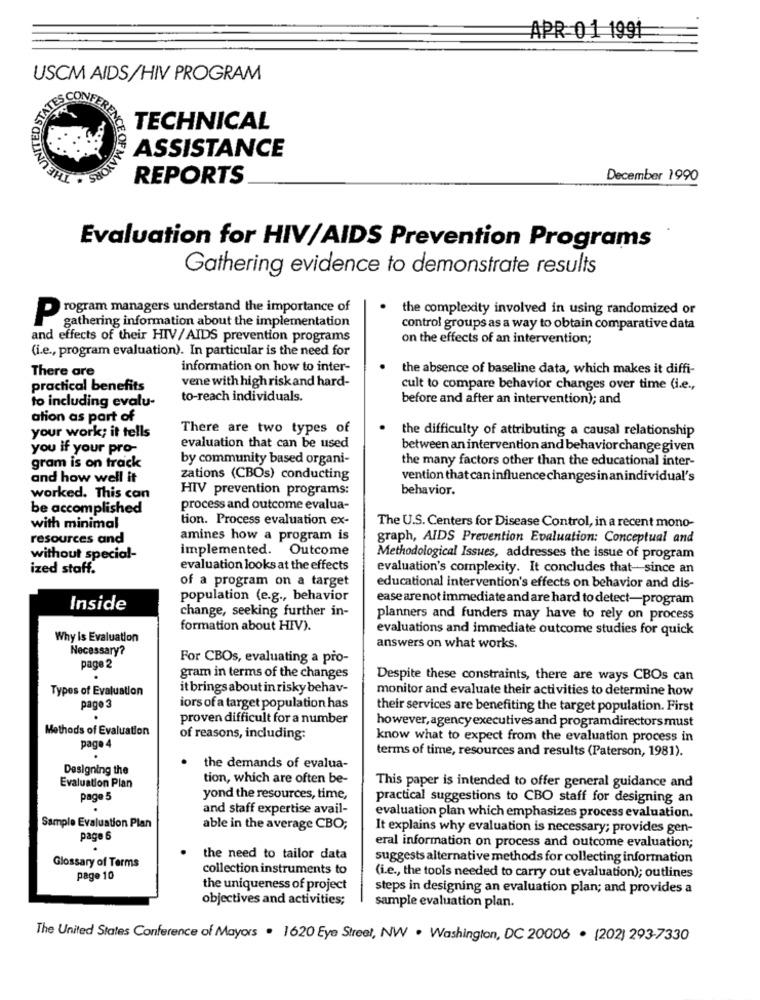
APR 01 1991
USCM AIDS/HIV PROGRAM
TECHNICAL
ASSISTANCE
REPORTS
December 1990
Evaluation for HIV/AIDS Prevention Programs
Gathering evidence to demonstrate results
the complexity involved in using randomized or
Program managers understand the importance of
gathering information about the implementation
control groups as a way to obtain comparative data
and effects of their HIV/AIDS prevention programs
on the effects of an intervention;
(i.e ., program evaluation). In particular is the need for
There are
information on how to inter-
the absence of baseline data, which makes it diffi-
vene with high risk and hard-
practical benefits
cult to compare behavior changes over time (i.e .,
to including evalu-
to-reach individuals.
before and after an intervention); and
ation as part of
There are two types of
the difficulty of attributing a causal relationship
your work; it tells
you if your pro-
evaluation that can be used
between an intervention and behaviorchange given
by community based organi-
the many factors other than the educational inter-
gram is on track
and how well it
zations (CBOs) conducting
vention that can influence changesinanindividual's
HIV prevention programs:
behavior.
worked. This can
be accomplished
process and outcome evalua-
tion. Process evaluation ex-
with minimal
The U.S. Centers for Disease Control, in a recent mono-
resources and
amines how a program is
graph, AIDS Prevention Evaluation: Conceptual and
implemented. Outcome
without special-
Methodological Issues, addresses the issue of program
ized staff.
evaluation looks at the effects
evaluation's complexity. It concludes that- since an
of a program on a target
educational intervention's effects on behavior and dis-
population (e.g ., behavior
ease are not immediate and are hard to detect-program
Inside
change, seeking further in-
planners and funders may have to rely on process
formation about HIV).
evaluations and immediate outcome studies for quick
Why is Evaluation
Necessary?
answers on what works.
For CBOs, evaluating a pro-
page 2
gram in terms of the changes
Despite these constraints, there are ways CBOs can
Types of Evaluation
it brings about in risky behav-
monitor and evaluate their activities to determine how
page 3
iors of a target population has
their services are benefiting the target population. First
.
proven difficult for a number
Methods of Evaluation
however, agencyexecutives and program directors must
of reasons, including:
know what to expect from the evaluation process in
page 4
terms of time, resources and results (Paterson, 1981).
.
Designing the
the demands of evalua-
Evaluation Plan
tion, which are often be-
This paper is intended to offer general guidance and
page 5
yond the resources, time,
practical suggestions to CBO staff for designing an
.
and staff expertise avail-
evaluation plan which emphasizes process evaluation.
Sample Evaluation Plan
able in the average CBO;
It explains why evaluation is necessary; provides gen-
page 6
eral information on process and outcome evaluation;
the need to tailor data
suggests alternative methods for collecting information
Glossary of Terms
collection instruments to
page 10
(i.e ., the tools needed to carry out evaluation); outlines
the uniqueness of project
steps in designing an evaluation plan; and provides a
objectives and activities;
sample evaluation plan.
The United States Conference of Mayors . 1620 Eye Street, NW . Washington, DC 20006 . (202) 293-7330